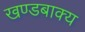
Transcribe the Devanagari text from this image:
खण्डबाक्य